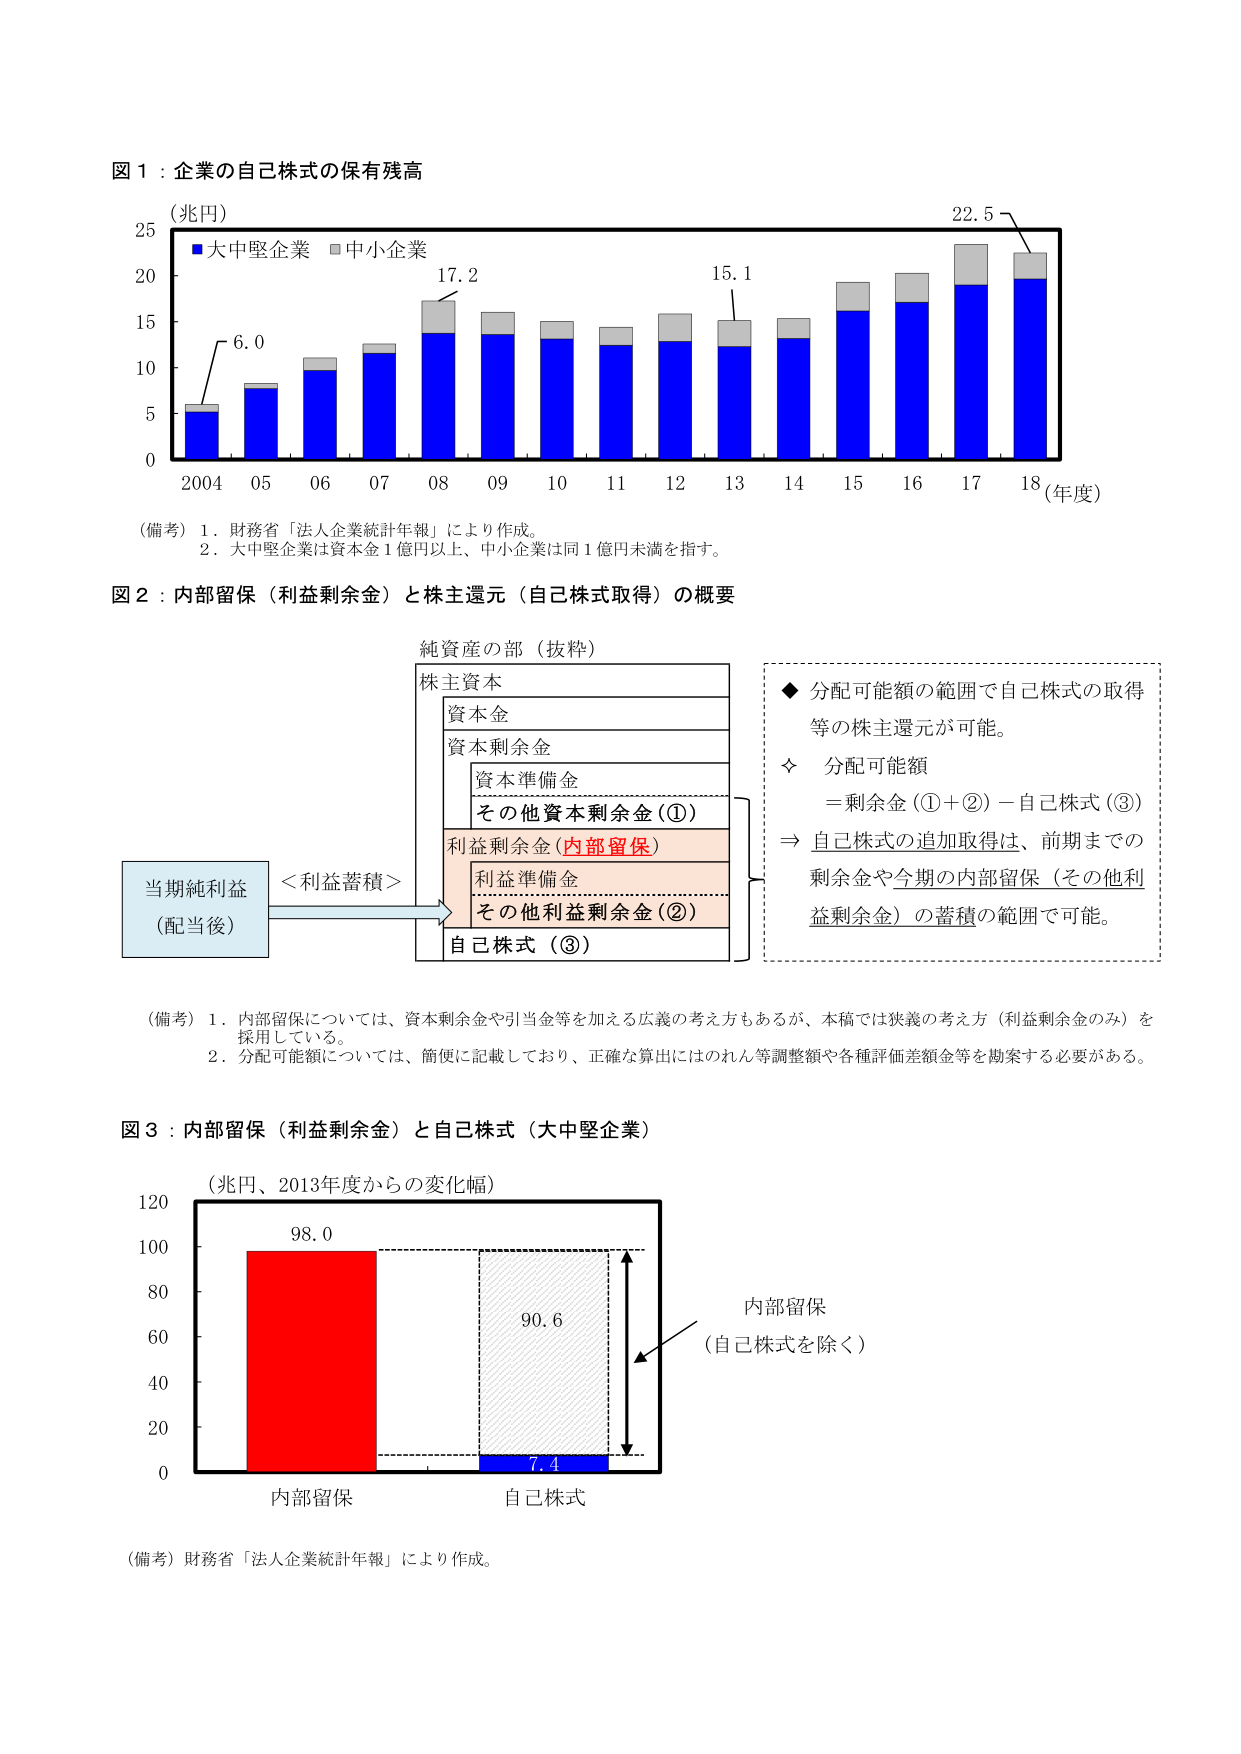
図１：企業の自己株式の保有残高
（兆円）
■大中堅企業 □中小企業
25
20
15
10
5
0
2004 05 06 07 08 09 10 11 12 13 14 15 16 17 18（年度）
6.0
17.2
15.1
22.5
（備考）１．財務省「法人企業統計年報」により作成。
２．大中堅企業は資本金１億円以上、中小企業は同１億円未満を指す。

図２：内部留保（利益剰余金）と株主還元（自己株式取得）の概要
純資産の部（抜粋）
株主資本
資本金
資本剰余金
資本準備金
その他資本剰余金（①）
利益剰余金（内部留保）
利益準備金
その他利益剰余金（②）
自己株式（③）
当期純利益
（配当後）
＜利益蓄積＞
◆ 分配可能額の範囲で自己株式の取得等の株主還元が可能。
◇ 分配可能額
＝剰余金（①＋②）－自己株式（③）
⇒ 自己株式の追加取得は、前期までの剰余金や今期の内部留保（その他利益剰余金）の蓄積の範囲で可能。

（備考）１．内部留保については、資本剰余金や引当金等を加える広義の考え方もあるが、本稿では狭義の考え方（利益剰余金のみ）を採用している。
２．分配可能額については、簡便に記載しており、正確な算出にはのれん等調整額や各種評価差額金等を勘案する必要がある。

図３：内部留保（利益剰余金）と自己株式（大中堅企業）
（兆円、2013年度からの変化幅）
120
100
80
60
40
20
0
内部留保
自己株式
98.0
90.6
7.4
内部留保
（自己株式を除く）
（備考）財務省「法人企業統計年報」により作成。